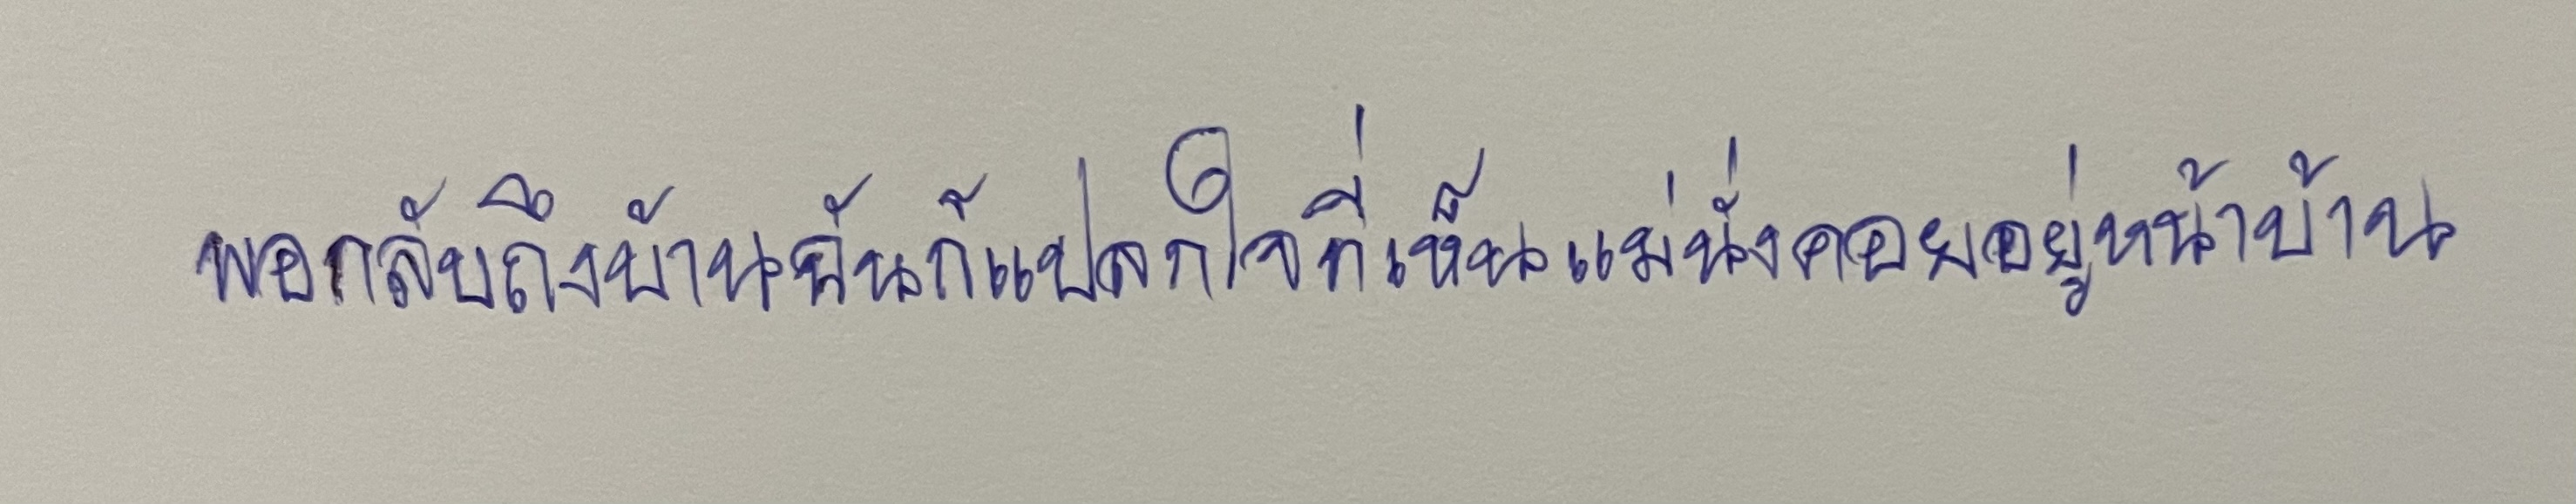
พอกลับถึงบ้านฉันก็แปลกใจที่เห็นแม่นั่งคอยอยู่หน้าบ้าน